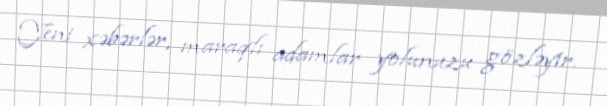
Yeni xəbərlər, maraqlı adamlar yolunuzu gözləyir.